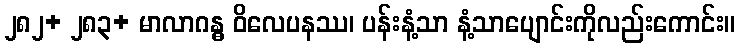
၂၈၂+ ၂၈၃+ မာလာဂန္ဓ ဝိလေပနဿ၊ ပန်းနံ့သာ နံ့သာပျောင်းကိုလည်းကောင်း။